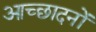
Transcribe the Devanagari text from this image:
आच्छादनों